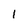
Character: 1